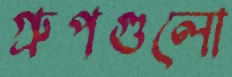
গ্রুপগুলো